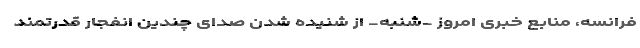
فرانسه، منابع خبری امروز -شنبه- از شنیده شدن صدای چندین انفجار قدرتمند